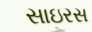
સાઇરસ